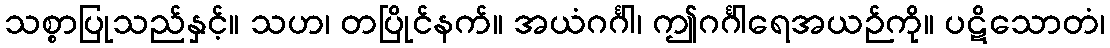
သစ္စာပြုသည်နှင့်။ သဟ၊ တပြိုင်နက်။ အယံဂင်္ဂါ၊ ဤဂင်္ဂါရေအယဉ်ကို။ ပဋိသောတံ၊